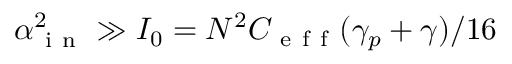
\alpha _ { \mathrm { ~ i ~ n ~ } } ^ { 2 } \gg I _ { 0 } = N ^ { 2 } C _ { \mathrm { ~ e ~ f ~ f ~ } } ( \gamma _ { p } + \gamma ) / 1 6